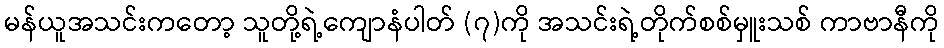
မန်ယူအသင်းကတော့ သူတို့ရဲ့ကျောနံပါတ် (၇)ကို အသင်းရဲ့တိုက်စစ်မှူးသစ် ကာဗာနီကို